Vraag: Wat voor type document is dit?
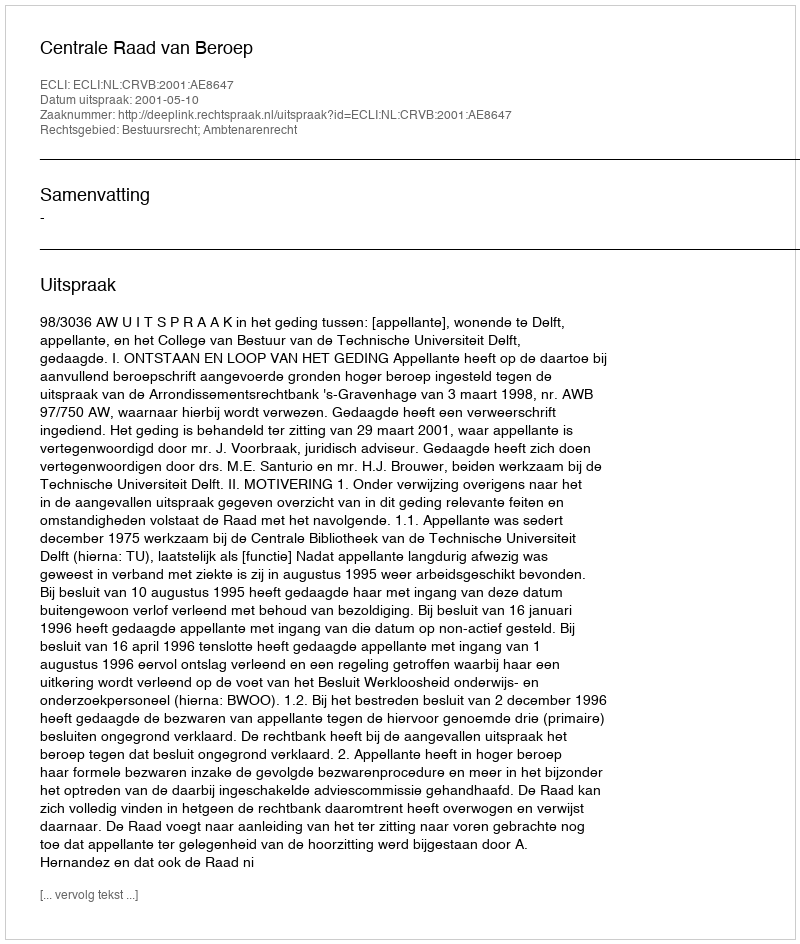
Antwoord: Uitspraak